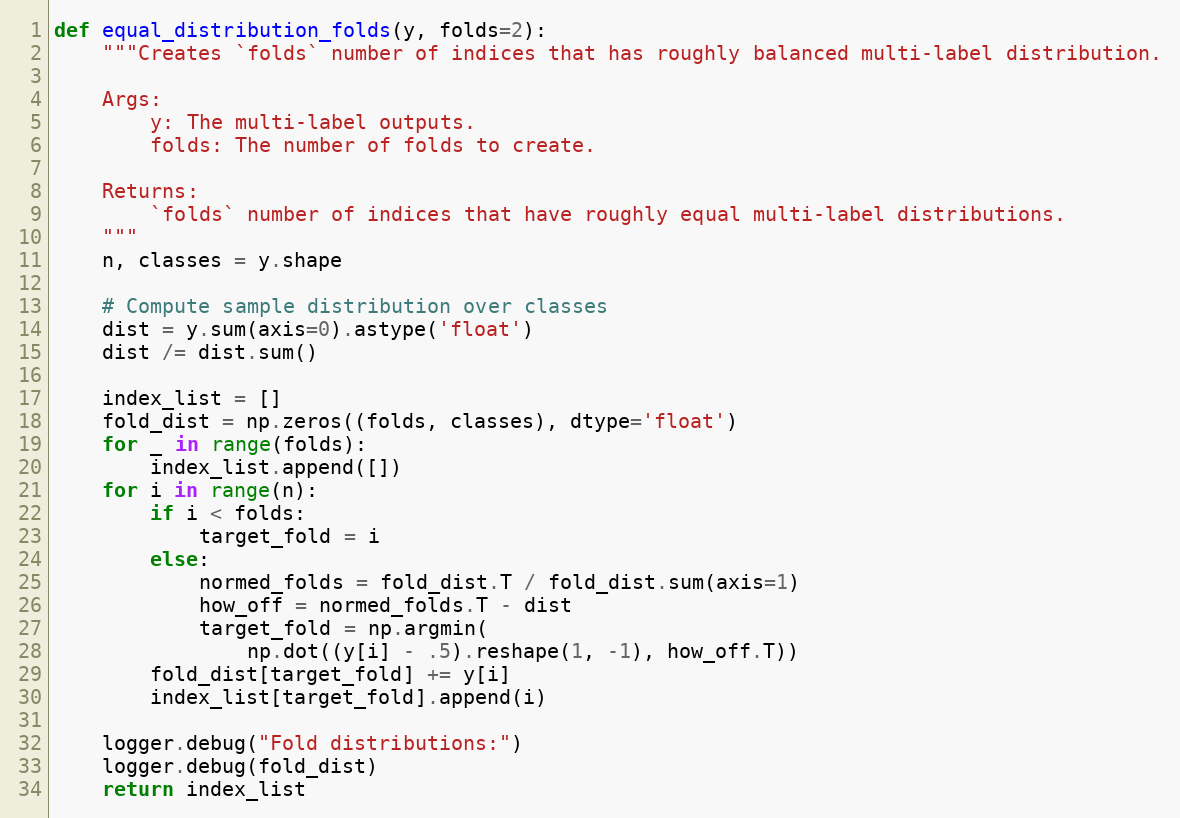
Language: Python
def equal_distribution_folds(y, folds=2):
    """Creates `folds` number of indices that has roughly balanced multi-label distribution.

    Args:
        y: The multi-label outputs.
        folds: The number of folds to create.

    Returns:
        `folds` number of indices that have roughly equal multi-label distributions.
    """
    n, classes = y.shape

    # Compute sample distribution over classes
    dist = y.sum(axis=0).astype('float')
    dist /= dist.sum()

    index_list = []
    fold_dist = np.zeros((folds, classes), dtype='float')
    for _ in range(folds):
        index_list.append([])
    for i in range(n):
        if i < folds:
            target_fold = i
        else:
            normed_folds = fold_dist.T / fold_dist.sum(axis=1)
            how_off = normed_folds.T - dist
            target_fold = np.argmin(
                np.dot((y[i] - .5).reshape(1, -1), how_off.T))
        fold_dist[target_fold] += y[i]
        index_list[target_fold].append(i)

    logger.debug("Fold distributions:")
    logger.debug(fold_dist)
    return index_list